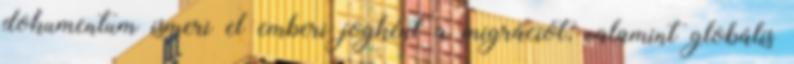
dokumentum ismeri el emberi jogként a migrációt, valamint globális